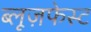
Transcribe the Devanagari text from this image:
ब्लूज़फेस्ट